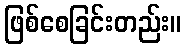
ဖြစ်စေခြင်းတည်း။